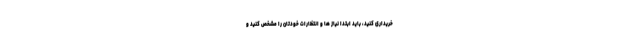
خریداری کنید، باید ابتدا نیاز ها و انتظارات خودتان را مشخص کنید و